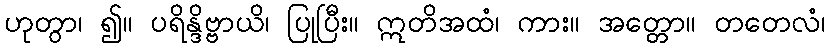
ဟုတွာ၊ ၍။ ပရိန္ဒိဗ္ဗာယိ၊ ပြုပြီး။ ဣတိအထံ၊ ကား။ အတ္တော။ တတေလံ၊